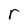
Character: r